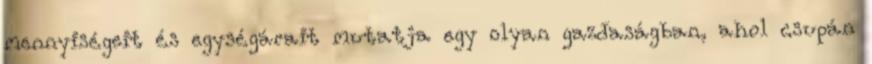
mennyiségeit és egységárait mutatja egy olyan gazdaságban, ahol csupán